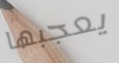
يعجبها